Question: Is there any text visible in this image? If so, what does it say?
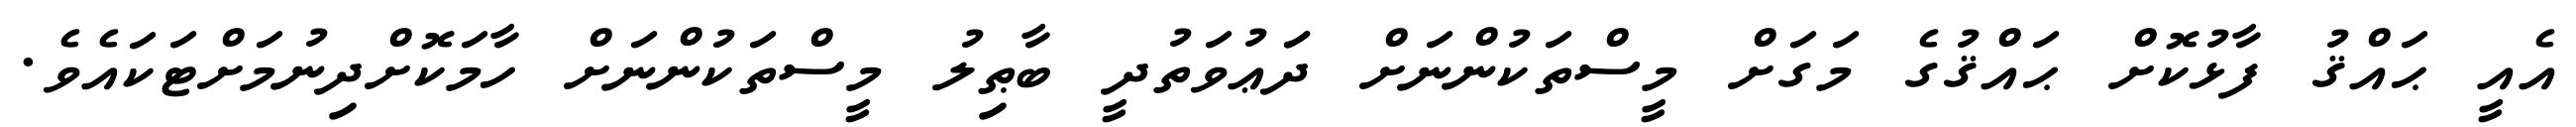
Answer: އެއީ ޙައްޤު ފާޅުކޮށް ޙައްޤުގެ މަގަށް މީސްތަކުންނަށް ދަަޢުވަތުދީ ބާޠިލު މީސްތަކުންނަށް ހާމަކޮށްދިނުމަށްޓަކައެވެ.